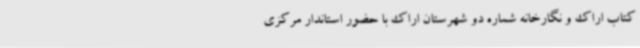
کتاب اراک و نگارخانه شماره دو شهرستان اراک با حضور استاندار مرکزی